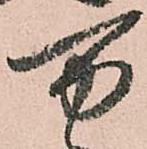
万